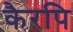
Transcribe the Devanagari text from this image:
कैरपि